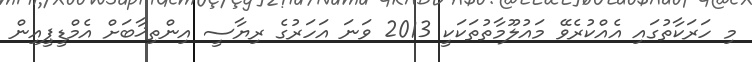
މި ހަރަކާތުގައި އެއްކުރެވޭ މައުލޫމާތުތަކަކީ 2013 ވަނަ އަހަރުގެ ރިޔާސީ އިންތިޚާބަށް އެމްޑީޕީއިން